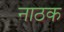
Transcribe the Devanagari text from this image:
नाठक